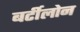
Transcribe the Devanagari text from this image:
बर्टीलोन